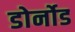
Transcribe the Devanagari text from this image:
डोर्नोड